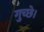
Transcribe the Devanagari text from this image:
गुच्छे।